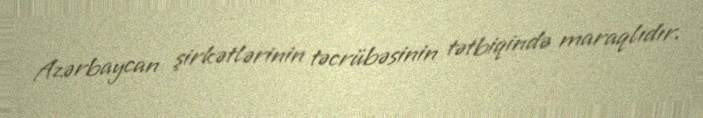
Azərbaycan şirkətlərinin təcrübəsinin tətbiqində maraqlıdır.